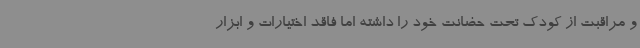
و مراقبت از کودک تحت حضانت خود را داشته اما فاقد اختیارات و ابزار